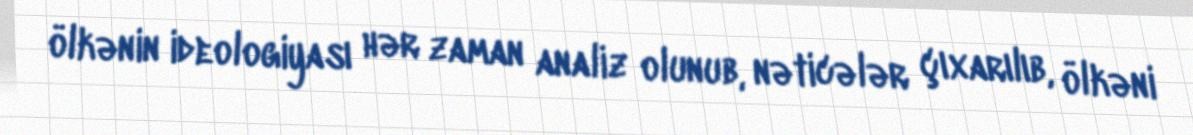
ölkənin ideologiyası hər zaman analiz olunub, nəticələr çıxarılıb, ölkəni